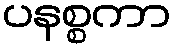
ပနစ္စကာ